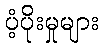
ပံ့ပိုးမှုများ